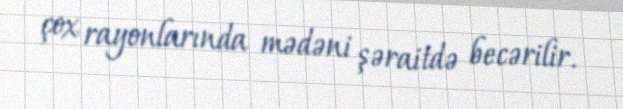
çox rayonlarında mədəni şəraitdə becərilir.